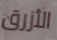
الأزرق